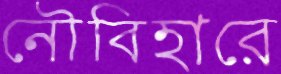
নৌবিহারে